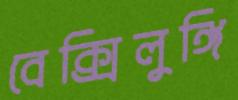
বেক্সিলুঙ্গি